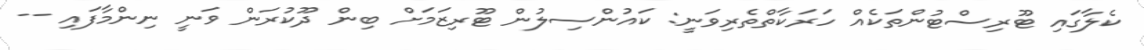
ކެލާގައި ޓޫރިސްޓުންތަކެއް ހަރަކާތްތެރިވަނީ: ކައުންސިލުން ޓޫރިޒަމަށް ބިން ދޫކުރަން ވަނީ ނިންމާފައި --